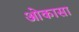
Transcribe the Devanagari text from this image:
ओकासा